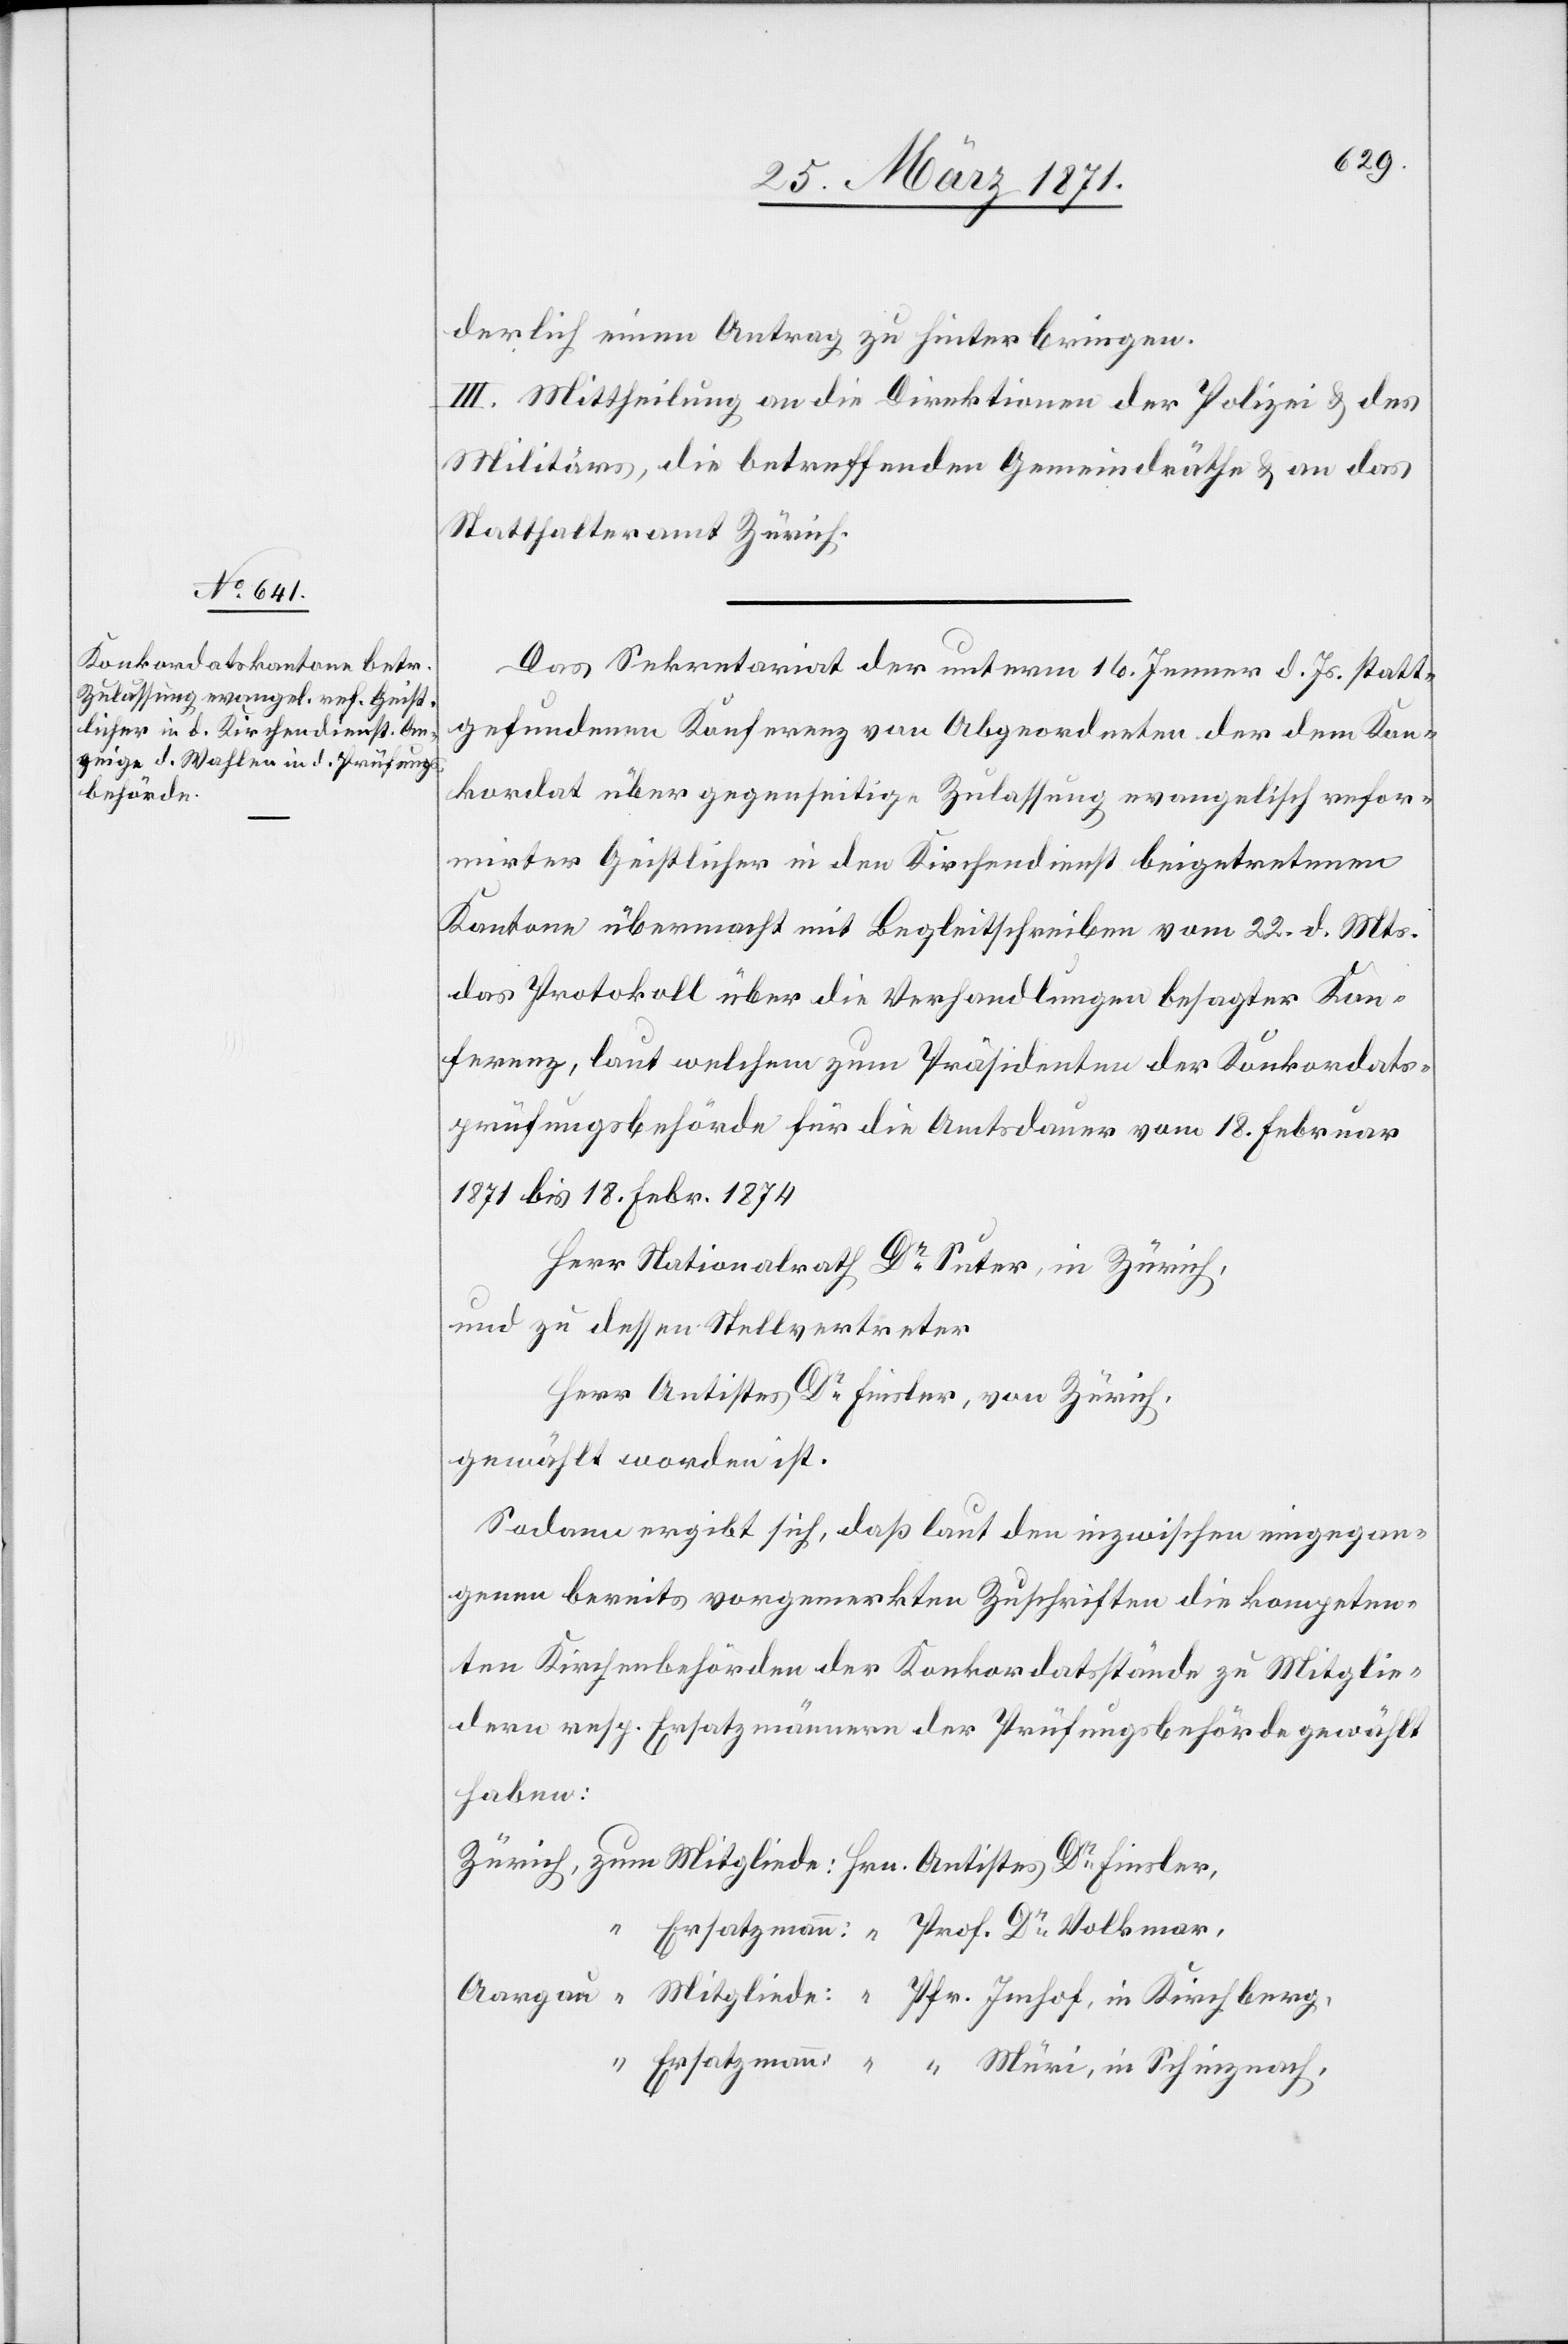
derlich einen Antrag zu hinterbringen.
III. Mittheilung an die Direktion der Polizei u. des
Militärs, die betreffenden Gemeindräthe u. an das
Statthalteramt Zürich.
in
Das Sekretariat der unterm 16. Jenner d. Js. statt¬
gefundenen Konferenz von Abgeordneten der dem Kon¬
kordat über gegenseitige Zulassung evangelisch refor¬
mirter Geistlicher in den Kirchendienst beigetretenen
Kantone übermacht mit Begleitschreiben vom 22. d. Mts.
das Protokoll über die Verhandlungen besagter Kon¬
ferenz, laut welchem zum Präsidenten der Konkordats¬
prüfungsbehörde für die Amtsdauer vom 18. Februar
1871 bis 18. Febr. 1874
Herr Nationalrath Dr. Suter, in Zürich,
und zu dessen Stellvertreter
Herr Antistes Dr. Finsler, von Zürich
gewählt worden ist.
Sodann ergibt sich, daß laut den inzwischen eingegan¬
genen bereits vorgemerkten Zuschriften die kompeten¬
ten Kirchenbehörden der Konkordatsstände zu Mitglie¬
dern resp. Ersatzmännern der Prüfungsbehörde gewählt
haben: